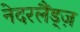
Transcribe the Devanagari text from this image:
नेदरलैंड्ज़